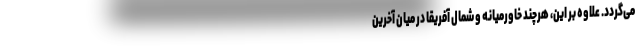
می‌گردد. علاوه بر این، هرچند خاورمیانه و شمال آفریقا در میان آخرین